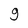
Character: g